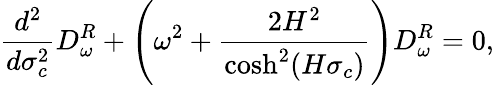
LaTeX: \frac{d^{2}}{d\sigma_{c}^{2}}D_{\omega}^{R}+\left(\omega^{2}+\frac{2H^{2}}{\cosh^{2}(H\sigma_{c})}\right)D_{\omega}^{R}=0,